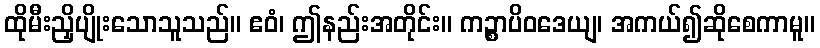
ထိုမီးညှိပျိုးသောသူသည်။ ဧဝံ၊ ဤနည်းအတိုင်း။ ကဉ္စာပိဝဒေယျ၊ အကယ်၍ဆိုစေကာမူ။